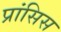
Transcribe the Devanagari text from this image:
प्रांसिस